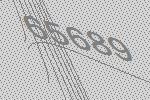
65689